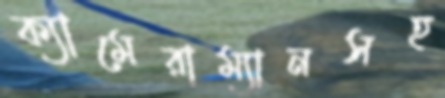
ক্যামেরাম্যানসহ